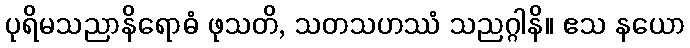
ပုရိမသညာနိရောဓံ ဖုသတိ, သတသဟဿံ သညဂ္ဂါနိ။ ဧသ နယော